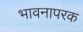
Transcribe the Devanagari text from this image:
भावनापरक